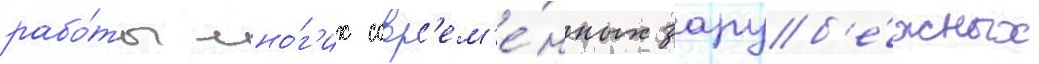
рабо́ты мно́г'их совр'ем'е́нных заруб'е́жных